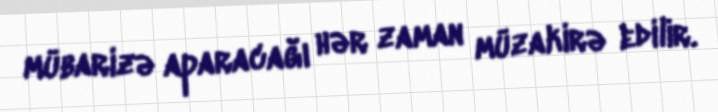
mübarizə aparacağı hər zaman müzakirə edilir.